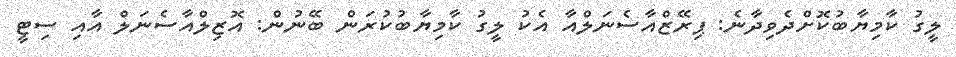
ލީގު ކާމިޔާބުކޮށްދެވިދާނެ: ޕިރޭޒްއާސެނަލްއާ އެކު ލީގު ކާމިޔާބުކުރަން ބޭނުން: އޮޒިލްއާސެނަލް އާއި ސިޓީ